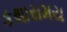
કથાસમય